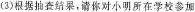
(3)根据抽查结果，请你对小明所在学校参加